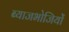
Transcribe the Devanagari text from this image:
ब्याजभोजियों